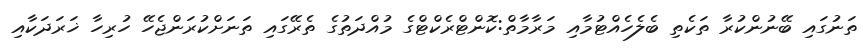
ތަނުގައި ބޭނުންކުރާ ތަކެތި ބެލެހެއްޓުމާއި މަރާމާތް:ކޮންޓްރެކްޓްގެ މުއްދަތުގެ ތެރޭގައި ތަނަށްކުރަންޖެހޭ ހުރިހާ ޚަރަދަކާއި